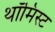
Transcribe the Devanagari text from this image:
थॉमिस्ट